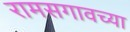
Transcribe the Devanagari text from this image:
रामसगावच्या